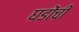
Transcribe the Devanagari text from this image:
घडोंची